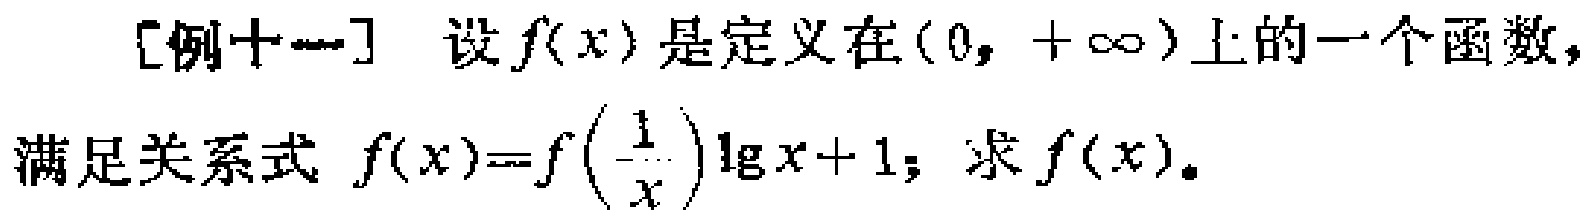
[例十一] 设\(f(x)\)是定义在\((0,+\infty)\)上的一个函数，满足关系式 \(f(x)=f\left(\frac{1}{x}\right)\lg x + 1\)；求\(f(x)\)。